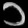
Digit: ၁